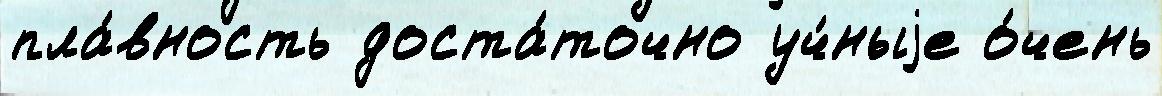
пла́вность доста́точно уч́ныjе о́чень